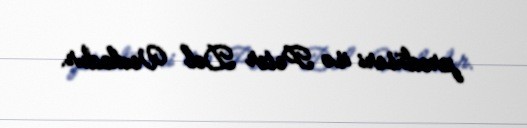
prodüseri isə Peter Del Vechodur.